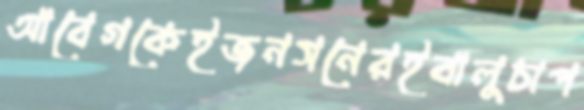
আবেগকেইজনসনেরইবালুচাপ